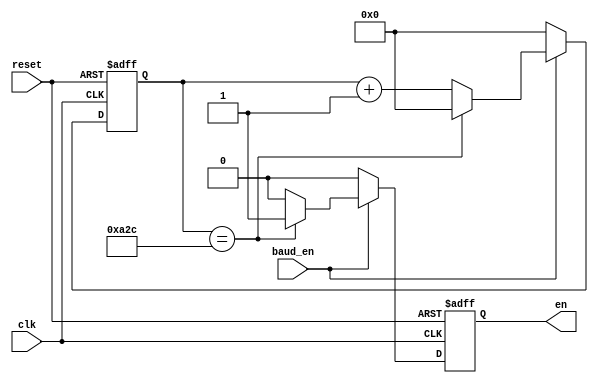
module tx_baud_rate(
    clk, 
    reset, 
    baud_en, 
    en
);

    parameter N=12;
    input clk;
    input reset;
    input baud_en;
    output reg en;

    reg [N-1:0] count;

    always@(posedge clk or negedge reset) begin
        if(~reset) begin
            en <= 0;
            count <= 0;
        end
        else begin
            if(baud_en) begin
                count <= count + 1'b1;
                if(count == 12'd2604) begin
                    count <= 0;
                    en <= 1;
                end
                else begin
                    en <= 0;
                end
            end
            else begin
                en <= 0;
                count <= 0;
            end
        end
    end
endmodule